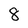
Character: 8